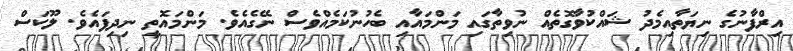
އިރްފާނުގެ ނިޔަތާއިމެދު ޝައްކުވާގޮތެއް ނުވިތާގައި މަންމައާއި ބެހުނުކަމެއްވެސް ނޭގެއެވެ. މަންމައޮތީ ނިދިފައެވެ. ލޫކަސް